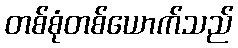
တစ်စုံတစ်ယောက်သည်